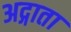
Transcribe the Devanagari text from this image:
अद्गाता